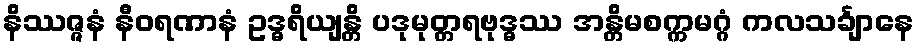
နိဿဇ္ဇနံ နီဝရဏာနံ ဥဒ္ဓရိယျန္တိ ပဒုမုတ္တရဗုဒ္ဓဿ အန္တိမစက္ကမဂ္ဂံ ကလသင်္ချာနေ